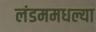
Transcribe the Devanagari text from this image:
लंडममधल्या